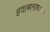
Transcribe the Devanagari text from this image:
हवामानाबद्दल